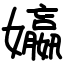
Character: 㜲